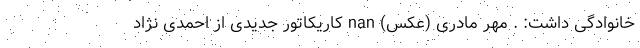
خانوادگی داشت: . مهر مادری (عکس) nan کاریکاتور جدیدی از احمدی نژاد